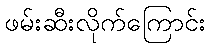
ဖမ်းဆီးလိုက်ကြောင်း